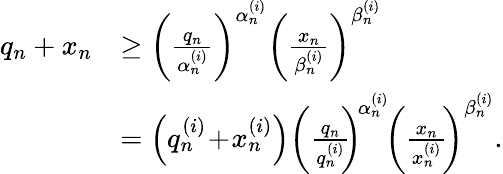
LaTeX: \begin{array}{rl}{q_{n}+x_{n}}&{\geq\bigg(\frac{q_{n}}{\alpha_{n}^{(i)}}\bigg)^{\alpha_{n}^{(i)}}\bigg(\frac{x_{n}}{\beta_{n}^{(i)}}\bigg)^{\beta_{n}^{(i)}}}\\ &{=\left(q_{n}^{(i)}\! +\! x_{n}^{(i)}\right)\bigg(\frac{q_{n}}{q_{n}^{(i)}}\! \! \bigg)^{\! \alpha_{n}^{(i)}}\! \bigg(\frac{x_{n}}{x_{n}^{(i)}}\! \bigg)^{\beta_{n}^{(i)}}.}\end{array}